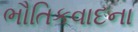
ભૌતિકવાદના